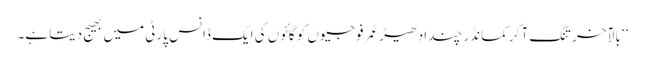
‘‘ بالآخر تنگ آ کر کمانڈر چند ادھیڑ عُمرفوجیوں کو گائوں کی ایک ڈانس پارٹی میں بھیج دیتا ہے۔